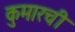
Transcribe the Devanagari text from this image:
कुमारची